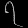
Digit: ၇